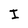
Character: I